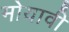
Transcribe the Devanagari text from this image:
मोयावी